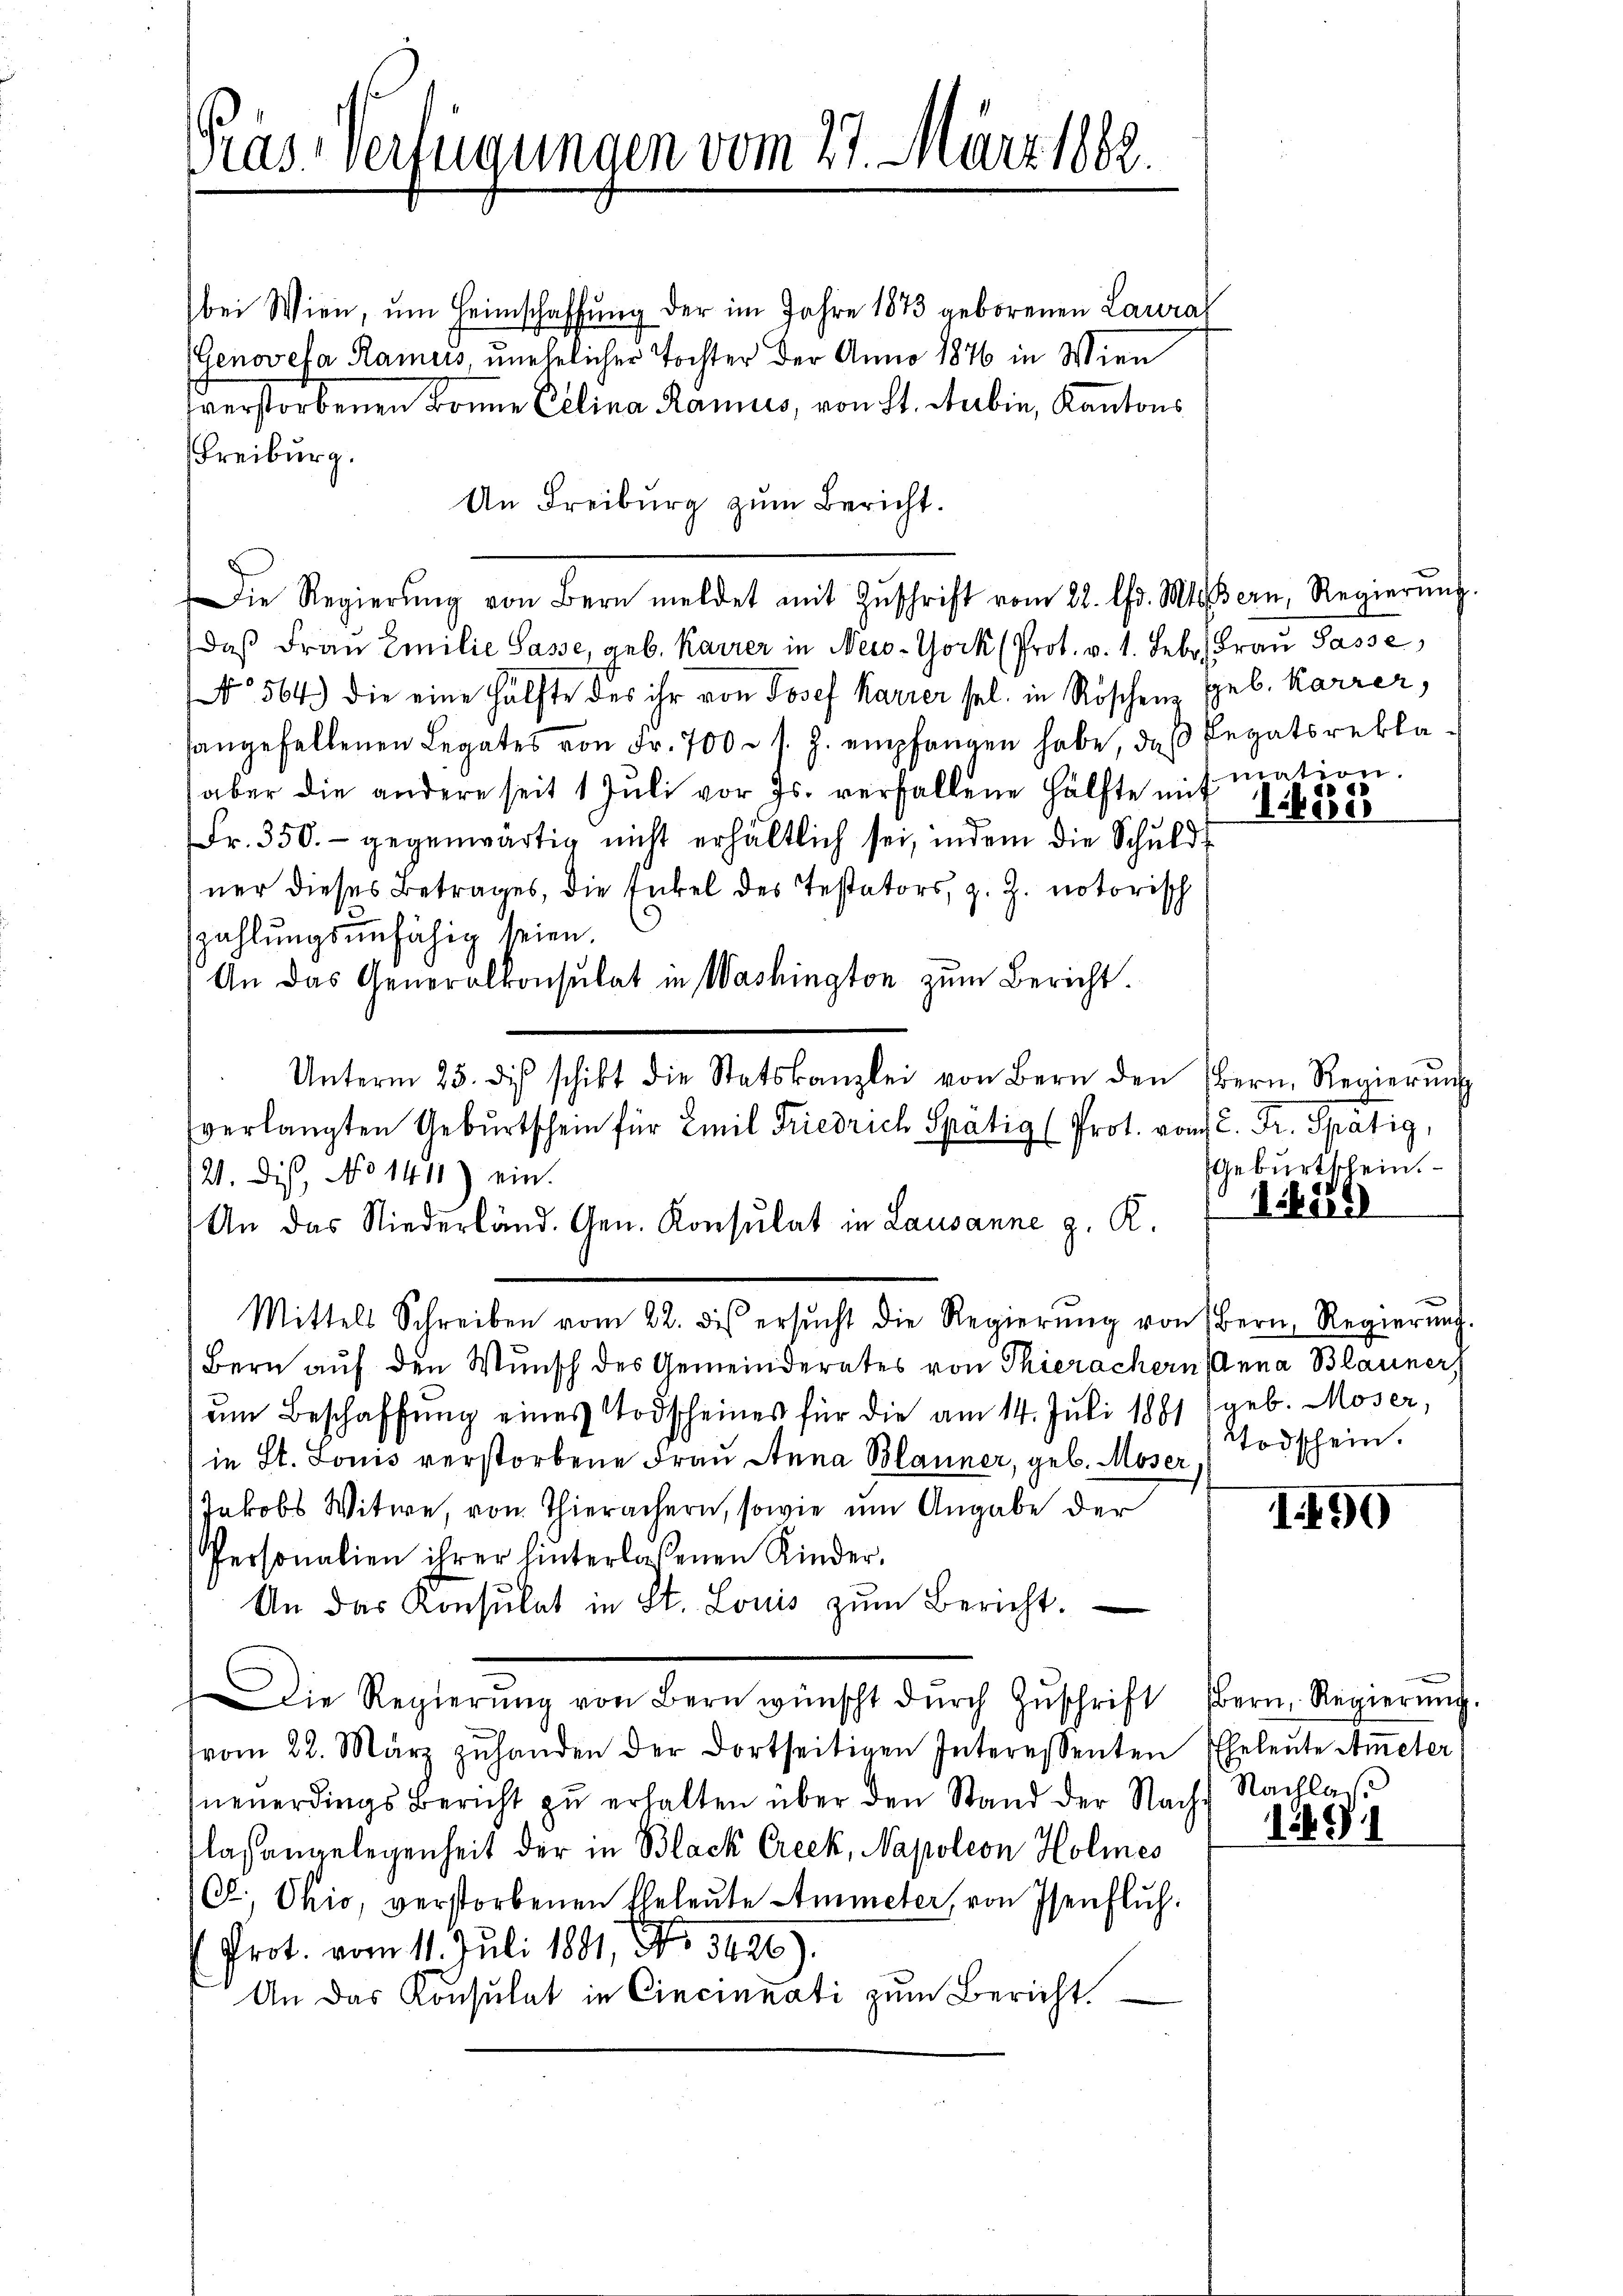
Pras. Verfügungen vom 27. März 1882.

bei Wien, um Heimschaffŭng der im Jahre 1873 geborenen Laura
(Genovefa Ramus, unehelicher Tochter der Anno 1876 in Wien
verstorbenen Bonne Celina Ramus, von St. Sabin, Kantons
Freiburg.
An Freiburg zum Bericht.
Die Regierŭng von Bern meldet mit Zŭschrift vom 22. ds. Mts. Bern, Regierŭng.
Daß Frau Emilie Pässe, geb. Karrer in Neis-York (Prot. v. 1. Febr. Frau Pässe,
No. 564.) Die eine Hälfte des ihr von Josef Karrer sel. in Röschenz geb. Karrer,
hangefallenen Legates von Fr. 700 r s. Z. empfangen habe, daß Legatsreklaaber die andere seit 1 Jŭli vor Js. verfallene Hälfte mit mation.
Fr. 350.- gegenwärtig nicht erhältlich sei, indem die Schuld
ner dieses Betrages, die Enkel des Testators, z. Z. notorisch
zahlungsunfähig seien.
An das Generalkonsulat in Washington zum Bericht.
Unterm 25. des schikt die Statskanzlei von Bern den Bern Regierŭng
verlangten Geburtschein für Emil Friedrich Spätig (Prot. vom C. Fr. Spätig,
121. Dis, No 1411) ein.
An das Niederländ. Gen. Konsulat in Lausanne z. R. 84
Mittels Schreiben vom 22. dis ersŭcht die Regierŭng von Bern, Regierŭng.
Bern auf den Wunsch des Gemeinderates von Thierachern (Anna Blauner
um Beschaffung eines Todscheines für die am 14. Juli 1881 (geb. Moser,
in St. Louis verstorbene Frau Anna Blauner, geb. Moser
Jakobs Witwe, von Thierachern, sowie um Angabe der
Personalien ihrer hinterlaßenen Kinder-
An das Konsulat in St. Louis zŭm Bericht.
Die Regierŭng von Bern wünscht dŭrch Zŭschrift bern. Regierŭng.
vom 22. März zŭhanden der dortseitigen Interessenten Eheleŭte Ameter
neuerdings Bericht zu erhalten über den Stand der Nach Nachlag
lasangelegenheit der in Black Creck, Napoleon Holmes
Cb., Ohio, verstorbenen Eheleute Ammeter, von Isenfluh,
(Prot. vom 11. Juli 1881, No. 3426).
An das Konsulat in Cincinnati zum Bericht.

e
1450

Geburtklein.

Todschein.

1.190

191